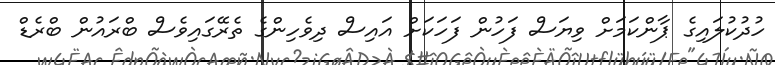
ހުދުކުލައިގެ ޕާންކަމަށް ވިޔަސް ފަހުން ފަހަކަށް އައިސް ދިވެހިންގެ ތެރޭގައިވެސް ބްރައުން ބްރެޑް